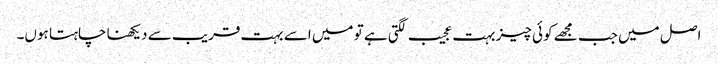
اصل میں جب مجھے کوئی چیز بہت عجیب لگتی ہے تو میں اسے بہت قریب سے دیکھنا چاہتا ہوں۔